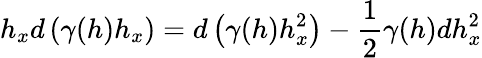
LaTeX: h_{x}d\left(\gamma(h)h_{x}\right)=d\left(\gamma(h)h_{x}^{2}\right)-\frac{1}{2}\gamma(h)dh_{x}^{2}